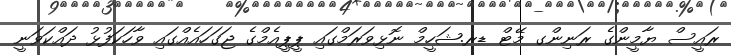
ރައީސް ޔާމީންގެ ރަނިންގ މޭޓް ޑރ.ޝަހީމް ނޮޅިވަރަމްގައި ޕީޕީއެމްގެ ޖަގަހައެއްގައި ވާހަކަފުޅު ދައްކަވަނީ